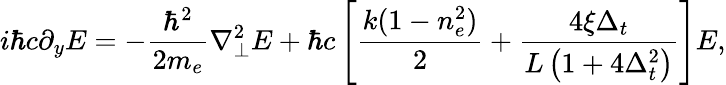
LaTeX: i\hbar c\partial_{y}E=-\frac{\hbar^{2}}{2m_{e}}\nabla_{\perp}^{2}E+\hbar c\left[\frac{k(1-n_{e}^{2})}{2}+\frac{4\xi\Delta_{t}}{L\left(1+4\Delta_{t}^{2}\right)}\right]E,